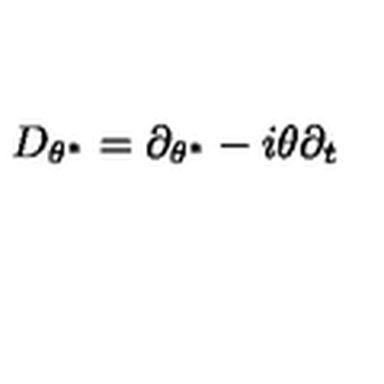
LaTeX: D _ { \theta ^ { \ast } } = \partial _ { \theta ^ { \ast } } - i \theta \partial _ { t }